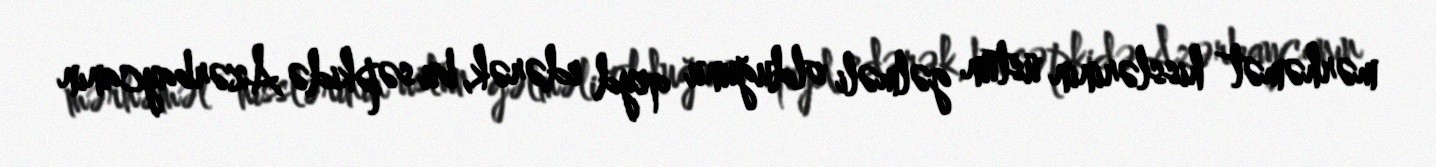
mərhəmət hisslərinin üstün gəlməli olduğunu qeyd edərək, bu səpkidə Azərbaycanın